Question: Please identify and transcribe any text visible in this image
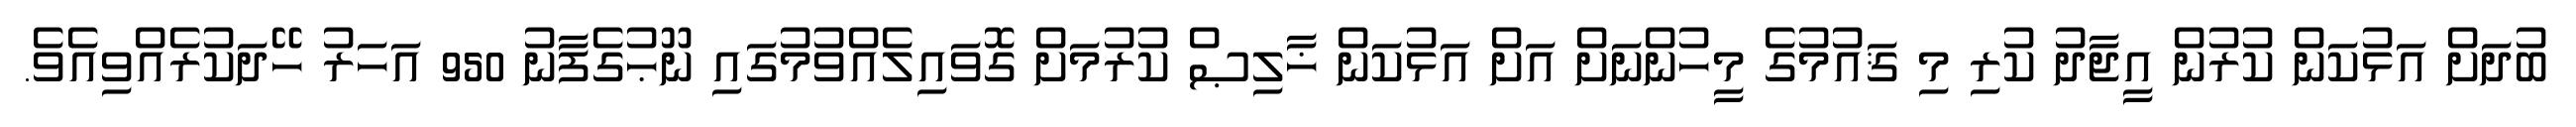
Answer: ބުދަށް އަޅުކަން ކުރުން އީޖާދު ކުރި މި ޤައުމުގެ މީހުންނަށް އަށް އަޅުކަން ޚާލިޞް ކުރުމަށް ގޮވައިލެއްވުމުގައި ނޫޙުގެފާނު 950 އަހަރު ހޭދަކުރެއްވިއެވެ.